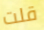
قلت